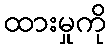
ထားမှုကို